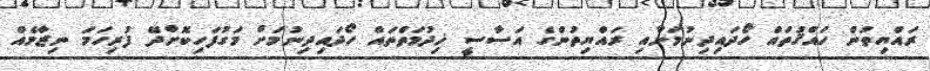
ރައްޔިތުން ހައްޤުތައް ހޯދައިދިނުމަށާއި ރައްޔިތުންގެ އަސާސީ ޚިދުމަތްތައް ހޯދައިދިނުމަށް މަގުފަހިކޮށްދޭ ފުރިހަމަ ނިޒާމެއް